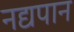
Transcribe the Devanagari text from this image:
नद्यपान